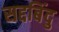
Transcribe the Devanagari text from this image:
सद्दबिंदु